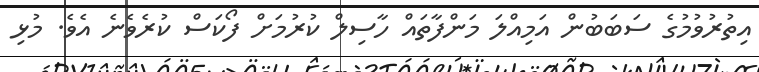
އިތުރުވުމުގެ ސަބަބުން އަމިއްލަ މަންފާތައް ހާސިލް ކުރުމަށް ފޯކަސް ކުރެވެނެ އެވެ. މުޅި